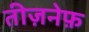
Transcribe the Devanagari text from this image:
तीज़नेफ़